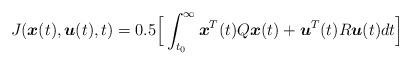
LaTeX: \begin{align*}J(\boldsymbol{x}(t),\boldsymbol{u}(t),t)= 0.5 \Big[ \int_{t_0}^{ \infty} \boldsymbol{x}^T(t)Q\boldsymbol{x}(t)+\boldsymbol{u}^T(t)R\boldsymbol{u}(t) dt \Big]\end{align*}